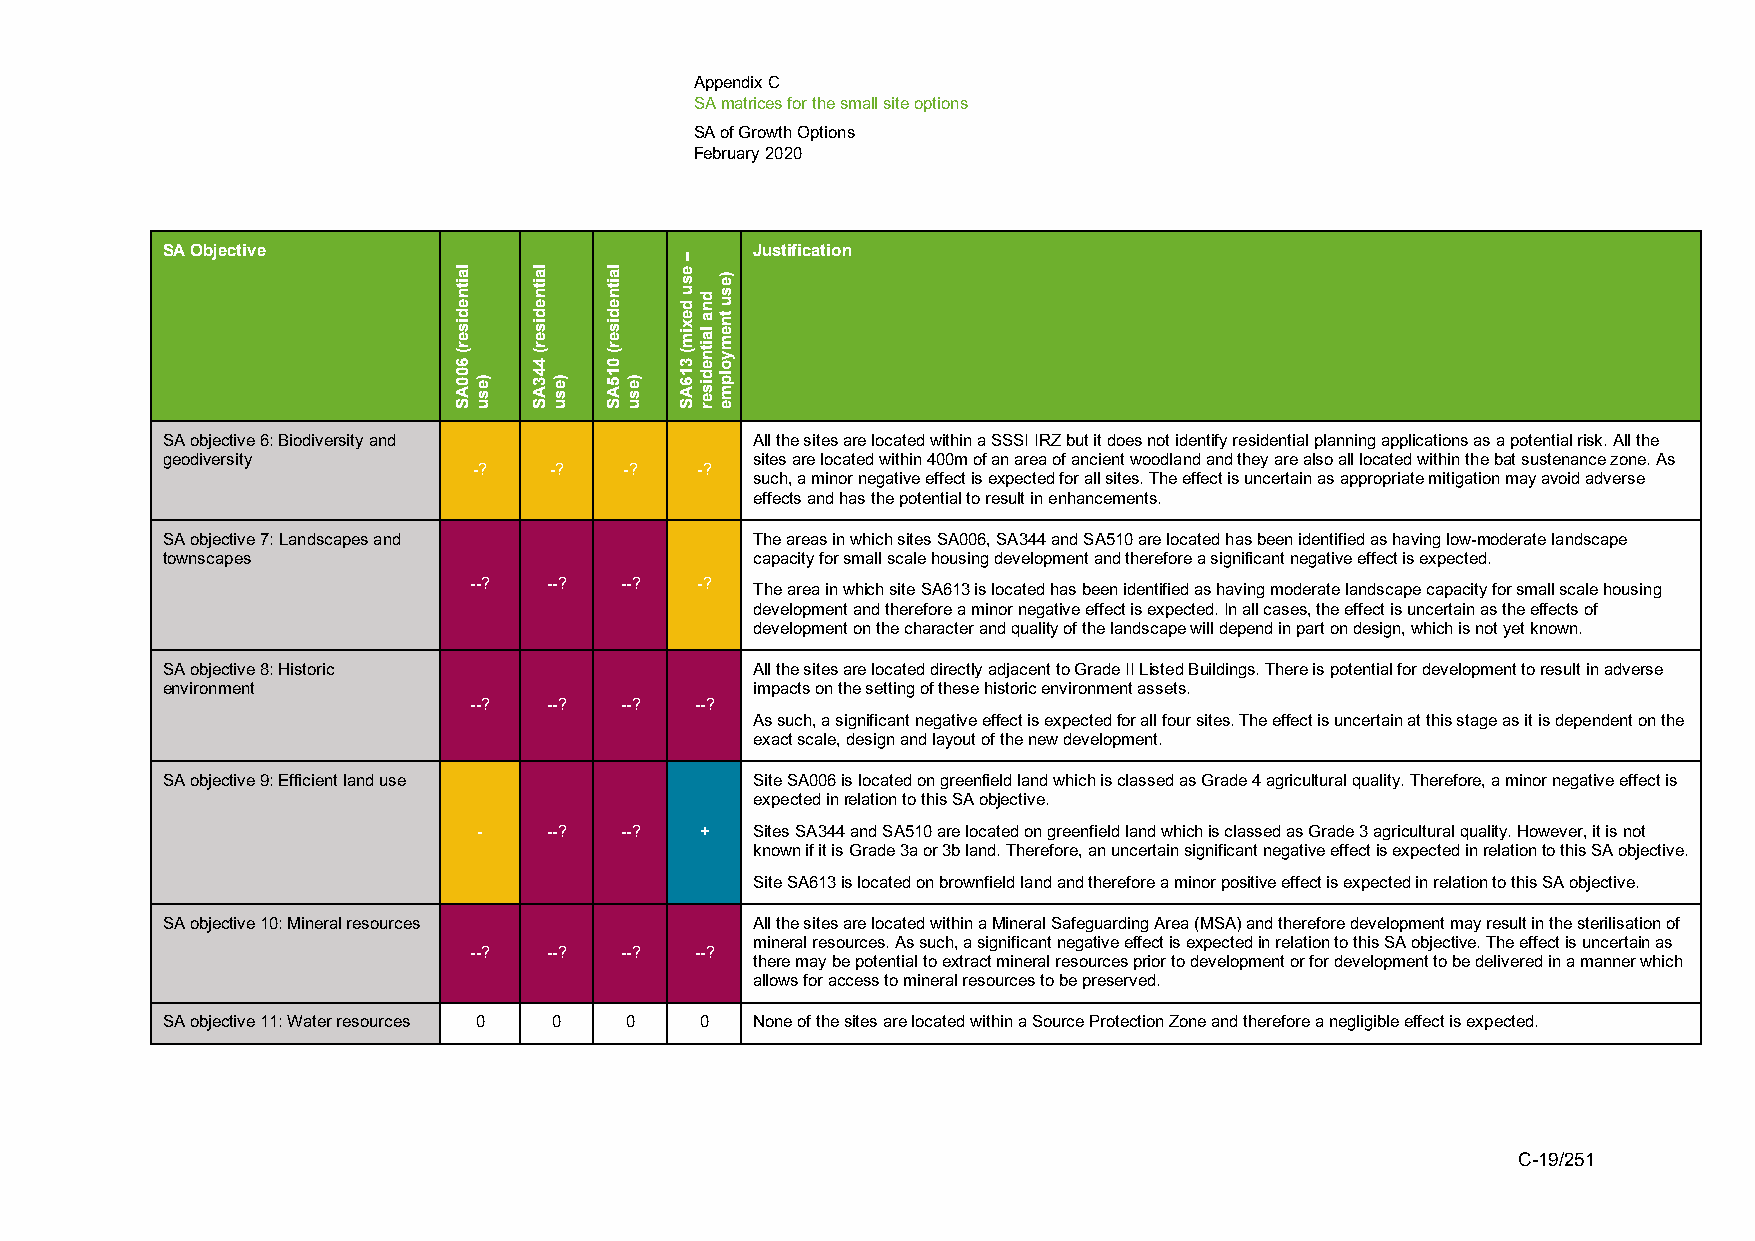
Appendix C
 SA matrices for the small site options
 SA of Growth Options
 February 2020
 SA Objective                           Justification
 SA objective 6: Biodiversity and       All the sites are located within a SSSI IRZ but it does not identify residential planning applications as a potential risk. All the
 geodiversity                           sites are located within 400m of an area of ancient woodland and they are also all located within the bat sustenance zone. As
 -?   -?   -?   -?
 such, a minor negative effect is expected for all sites. The effect is uncertain as appropriate mitigation may avoid adverse
 effects and has the potential to result in enhancements.
 SA objective 7: Landscapes and         The areas in which sites SA006, SA344 and SA510 are located has been identified as having low-moderate landscape
 townscapes                             capacity for small scale housing development and therefore a significant negative effect is expected.
 --?  --?  --?  -?  The area in which site SA613 is located has been identified as having moderate landscape capacity for small scale housing
 development and therefore a minor negative effect is expected. In all cases, the effect is uncertain as the effects of
 development on the character and quality of the landscape will depend in part on design, which is not yet known.
 SA objective 8: Historic               All the sites are located directly adjacent to Grade II Listed Buildings. There is potential for development to result in adverse
 environment                            impacts on the setting of these historic environment assets.
 --?  --?  --?  --?
 As such, a significant negative effect is expected for all four sites. The effect is uncertain at this stage as it is dependent on the
 exact scale, design and layout of the new development.
 SA objective 9: Efficient land use     Site SA006 is located on greenfield land which is classed as Grade 4 agricultural quality. Therefore, a minor negative effect is
 expected in relation to this SA objective.
 -   --?  --?  +   Sites SA344 and SA510 are located on greenfield land which is classed as Grade 3 agricultural quality. However, it is not
 known if it is Grade 3a or 3b land. Therefore, an uncertain significant negative effect is expected in relation to this SA objective.
 Site SA613 is located on brownfield land and therefore a minor positive effect is expected in relation to this SA objective.
 SA objective 10: Mineral resources     All the sites are located within a Mineral Safeguarding Area (MSA) and therefore development may result in the sterilisation of
 mineral resources. As such, a significant negative effect is expected in relation to this SA objective. The effect is uncertain as
 --?  --?  --?  --?
 there may be potential to extract mineral resources prior to development or for development to be delivered in a manner which
 allows for access to mineral resources to be preserved.
 SA objective 11: Water resources 0 0 0 0 None of the sites are located within a Source Protection Zone and therefore a negligible effect is expected.
 C-19/251
 laitnediser(
 600AS
 )esu
 laitnediser(
 443AS
 )esu
 laitnediser(
 015AS
 )esu
 –
 esu
 dexim(
 316AS
 dna
 laitnediser
 )esu
 tnemyolpme